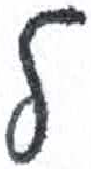
אות: ל